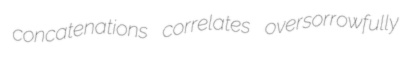
concatenations correlates oversorrowfully